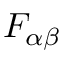
F _ { \alpha \beta }